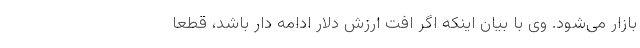
بازار می‌شود. وی با بیان اینکه اگر افت ارزش دلار ادامه دار باشد، قطعاً